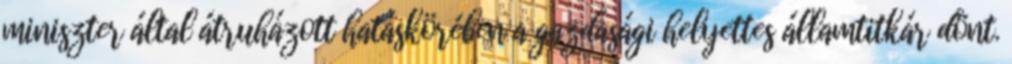
miniszter által átruházott hatáskörében a gazdasági helyettes államtitkár dönt.